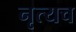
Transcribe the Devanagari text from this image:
नृत्यच